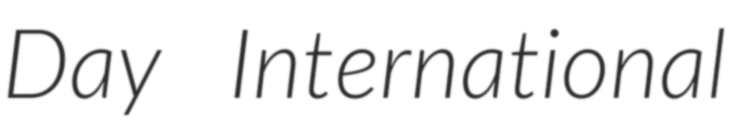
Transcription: Day International